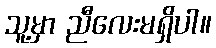
သူ့မှာ ညီလေးမရှိပါ။